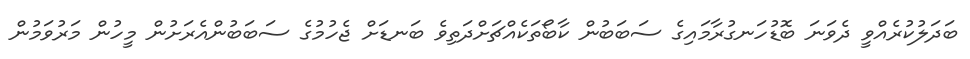
ބަދަލުކުރެއްވީ ދެވަނަ ބޮޑުހަނގުރާމައިގެ ސަބަބުން ކާބޯތަކެއްޗަށްދަތިވެ ބަނޑަށް ޖެހުމުގެ ސަބަބުންއެރަށުން މީހުން މަރުވަމުން